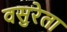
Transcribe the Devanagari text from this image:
वसुरेता